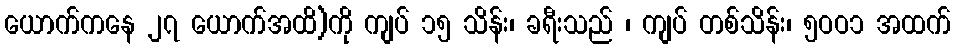
ယောက်ကနေ ၂၇ ယောက်အထိ)ကို ကျပ် ၁၅ သိန်း၊ ခရီးသည် ၊ ကျပ် တစ်သိန်း၊ ၅ဝဝ၁ အထက်